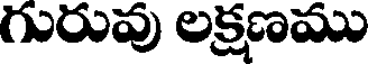
గురువు లక్షణము